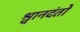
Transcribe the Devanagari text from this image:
श्वानदंतों